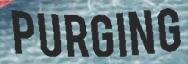
PURGING